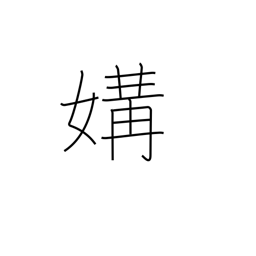
Meaning: intimacy